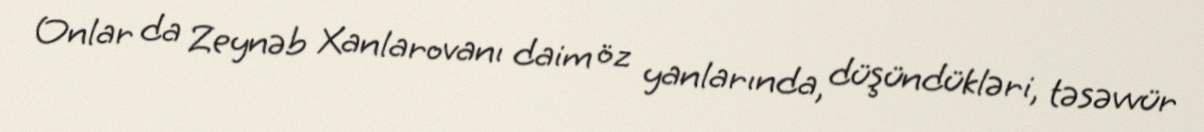
Onlar da Zeynəb Xanlarovanı daim öz yanlarında, düşündükləri, təsəvvür